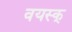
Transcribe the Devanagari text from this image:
वयस्क्